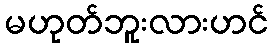
မဟုတ်ဘူးလားဟင်